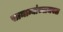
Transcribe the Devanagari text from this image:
सामान्यांच्याजवळ